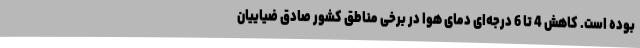
بوده است. کاهش 4 تا 6 درجه‌ای دمای هوا در برخی مناطق کشور صادق ضیاییان